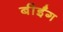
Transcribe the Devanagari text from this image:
बीईंग